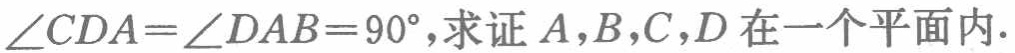
\(\angle CDA=\angle DAB = 90^{\circ}\),求证\(A,B,C,D\)在一个平面内.